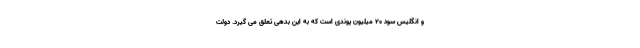
و انگلیس سود ۲۰ میلیون پوندی است که به این بدهی تعلق می گیرد. دولت